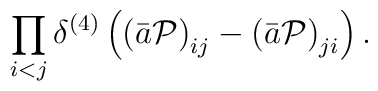
\prod_{i<j}\delta^{(4)}\left(\left(\bar{a}{\cal P}\right)_{ij}-\left(\bar{a}{\cal P}\right)_{ji}\right).